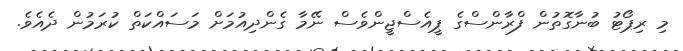
މި ރިޕޯޓު ބުނާގޮތުން ފްރާންސްގެ ޕީއެސްޖީންވެސް ނޭމާ ގެންދިއުމަށް މަސައްކަތް ކުރަމުން ދެއެވެ.